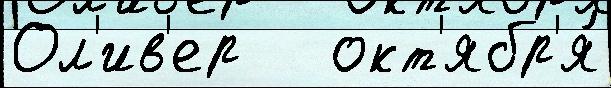
Ол'ив'ер   окт'ябр'я́